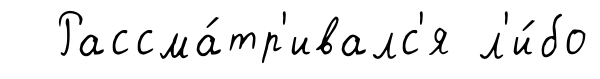
Рассма́тр'ивалс'я л'и́бо